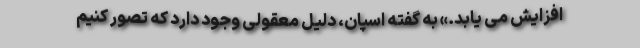
افزایش می یابد.» به گفته اسپان، دلیل معقولی وجود دارد که تصور کنیم